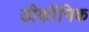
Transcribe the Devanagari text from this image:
डीकॉंनिक